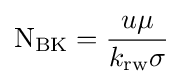
\mathrm {N} _{\mathrm {BK} }={\frac {u\mu }{k_{\mathrm {rw} }\sigma }}